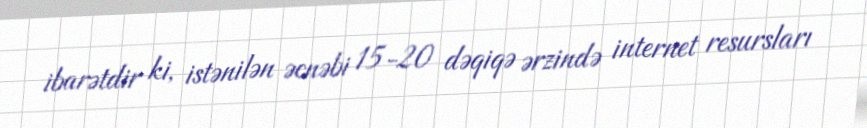
ibarətdir ki, istənilən əcnəbi 15-20 dəqiqə ərzində internet resursları